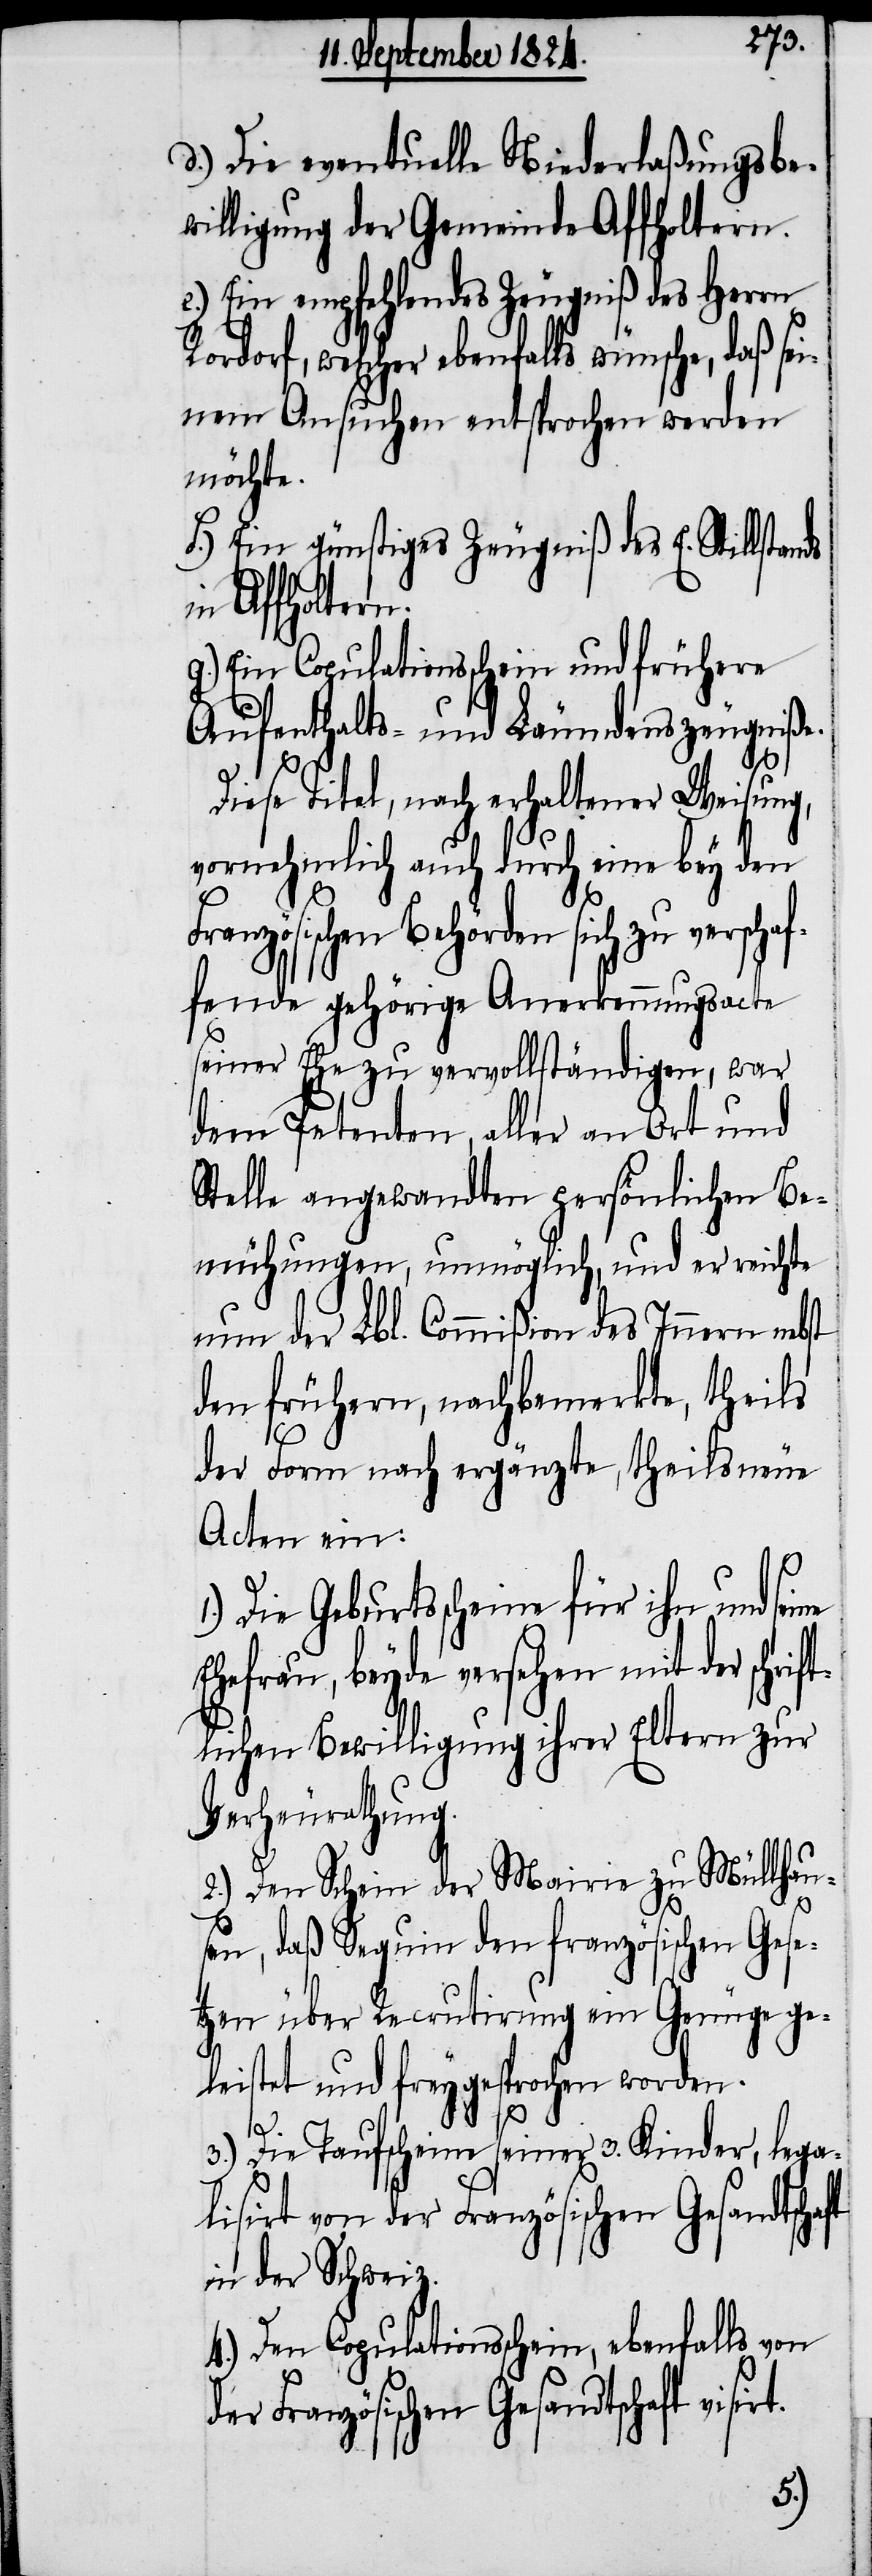
d.) Die eventuelle Niederlaßungsbe¬
willigung der Gemeinde Affholtern.
e.) Ein empfehlendes Zeugniß des Herrn
Rordorf, welcher ebenfalls wünsche, daß
einem Ansuchen entsprochen werden
möchte.
f.) Ein günstiges Zeugniß des E. Stillstan¬
n Affholtern.
g.) Ein Copulationsschein und frühere
Aufenthalts- und Läumdenszeugniße.
Diese Titel, nach erhaltener Weisung,
vornehmlich auch durch eine bey den
Französischen Behörden sich zu versch¬
fende gehörige Anerkennungsacte
seiner Ehe zu vervollständigen, war
dem Petenten aller an Ort und
Stelle angewandten persönlichen Be¬
mühungen, unmöglich, und er reichte
nun der Lbl. Commißion des Innern nebst
den frühern, nachbemerkte, theils
der Form nach ergänzte, theils neue
Acten ein:
f¬
1.) Die Geburtsscheine für ihn und seine
Ehefrau, beyde versehen mit der schrift¬
lichen Bewilligung ihrer Eltern zur
Verheurathung.
2.) Den Schein der Mairie zu Müllhau¬
sen, daß Sequin den französischen Gese¬
tzen über Recrutirung ein Genüge ge¬
leistet und freygesprochen worden.
ds
3.) Die Taufscheine seiner 3. Kinder, lega¬
lisirt von der Französischen Gesandtschaft
in der Schweiz.
4.) Den Copulationsschein, ebenfalls von
der Französischen Gesandtschaft visi¬
rt.